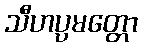
သီဟပ္ပမတ္တော